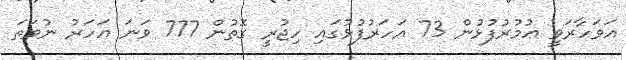
އަވަހާރަވީ ޢުމުރުފުޅުން 73 އަހަރުފުޅުގައި ހިޖުރީ ގޮތުން 777 ވަނަ އަހަރު ނުވަތަ